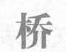
桥